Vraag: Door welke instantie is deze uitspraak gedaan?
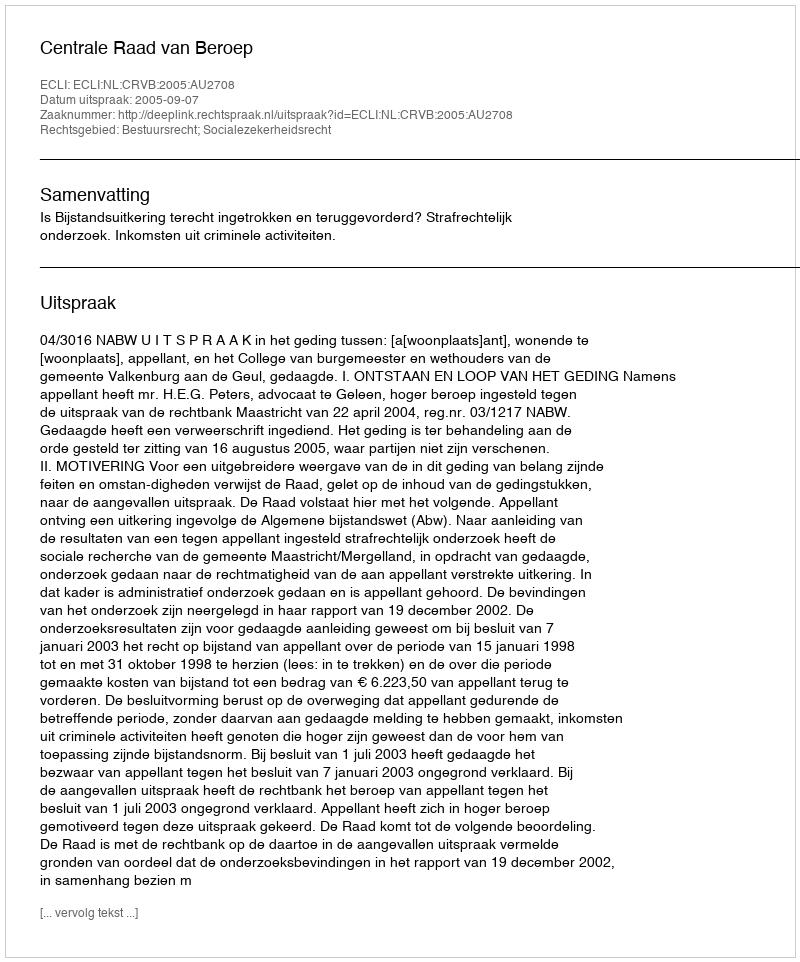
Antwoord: Centrale Raad van Beroep